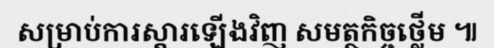
សម្រាប់ការស្តារឡើងវិញ សមត្ថកិច្ចថ្លើម ៕